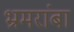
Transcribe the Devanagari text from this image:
भ्रमरांबा